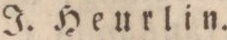
J. Heurlin.